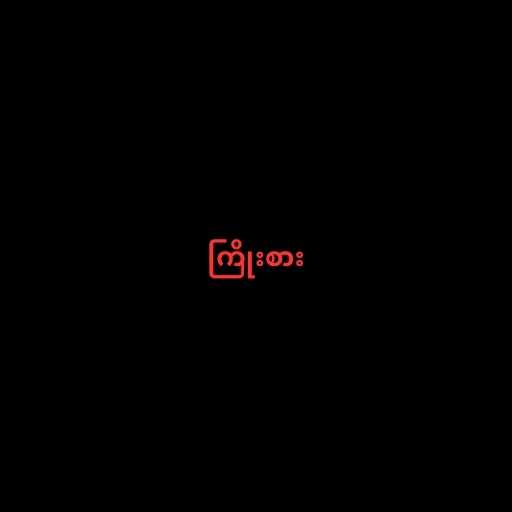
ကြိုးစား